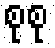
စုစု